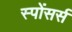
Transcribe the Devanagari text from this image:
स्पोंसर्स